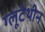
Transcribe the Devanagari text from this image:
ग्लूटेथीन